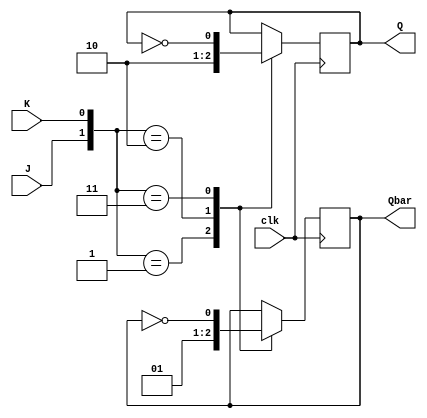
module jk_latch (
    input J,
    input K,
    input clk,
    output reg Q,
    output reg Qbar
);

// internal signal to store current state of the latch
reg [1:0] state;

always @(posedge clk) begin
    case ({J, K})
        2'b00: ;                 // do nothing, latch remains in current state
        2'b01: begin             // J is high and K is low
            Q <= 1'b1;
            Qbar <= 1'b0;
            state <= 2'b01;
        end
        2'b10: begin             // J is low and K is high
            Q <= 1'b0;
            Qbar <= 1'b1;
            state <= 2'b10;
        end
        2'b11: begin             // both J and K are high
            Q <= ~Q;
            Qbar <= ~Qbar;
            state <= ~state;
        end
    endcase
end

endmodule